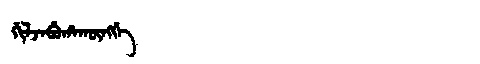
Manchu: ᡤᡳᠯᠵᠠᠪᡠᡥᠠᡴᡡᠩᡤᡝ
Romanization: GILJABUHAKŪNGGE